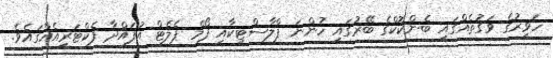
ހަވީރުގެ ވަގުތެއްގައި ބެންކޮކްގެ ބޭރުގައި ހުންނަ ޕްލާސްޓިކާއި ފޯމް ޕެލެޓް އުފައްދާ ފެކްޓަރީއެއްގައެވެ.